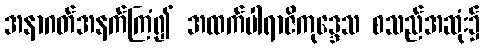
အနာဂတ်အနက်ကြံ၍ အထက်ပါရာဇိကုဒ္ဒေသ စသည်အဆုံး၌